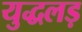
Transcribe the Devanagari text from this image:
युद्धलड़